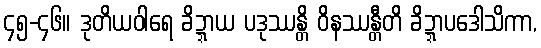
၄၅-၄၆။ ဒုတိယဝါရေ ခိဍ္ဍာယ ပဒုဿန္တိ ဝိနဿန္တီတိ ခိဍ္ဍာပဒေါသိကာ,